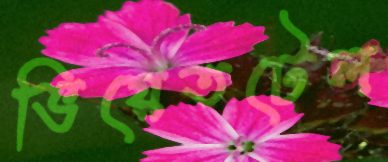
ভিয়েতটেল